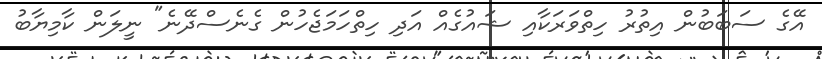
އޭގެ ސަބަބުން އިތުރު ހިތްވަރަކާއި ޝައުގެއް އަދި ހިތްހަމަޖެހުން ގެނެސްދޭނެ" ނީލަން ކާމިޔާބު